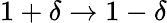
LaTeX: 1+\delta\to 1-\delta